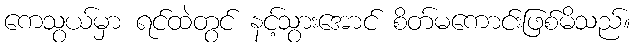
ကေသွယ်မှာ ရင်ထဲတွင် နင့်သွားအောင် စိတ်မကောင်းဖြစ်မိသည်။